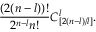
\frac { ( 2 ( n - l ) ) ! } { 2 ^ { n - l } n ! } C _ { [ 2 ( n - l ) / l ] } ^ { l } .